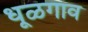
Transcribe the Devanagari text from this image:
धूळगाव